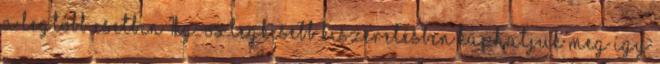
a legtöbb esetben 1kg-os legkisebb kiszerelésben kaphatjuk meg így